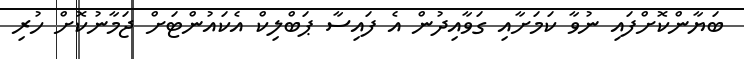
ބަޔާންކޮށްފައި ނުވާ ކަމަށާއި ގަވާއިދުން އެ ފައިސާ ޕަބްލިކް އެކައުންޓަށް ޖަމާނުކޮށް ހުރި